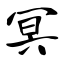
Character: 冥